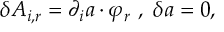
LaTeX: \delta A _ { i , r } = \partial _ { i } a \cdot \varphi _ { r } \ , \ \delta a = 0 ,